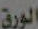
الورق